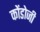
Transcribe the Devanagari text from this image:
कोंडोजी